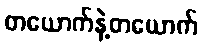
တယောက်နဲ့တယောက်